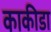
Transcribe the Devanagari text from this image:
काकीडा